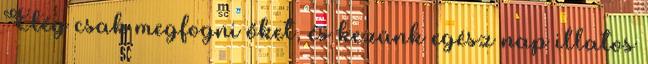
Elég csak megfogni őket, és kezünk egész nap illatos